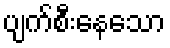
ပျက်စီးနေသော